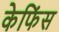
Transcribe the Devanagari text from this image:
केफिंस